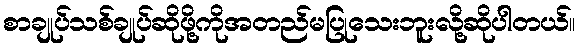
စာချုပ်သစ်ချုပ်ဆိုဖို့ကိုအတည်မပြုသေးဘူးလို့ဆိုပါတယ်။